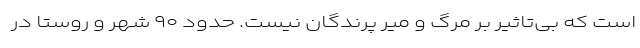
است که بی‌تاثیر بر مرگ و میر پرندگان نیست. حدود ۹۰ شهر و روستا در